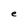
Character: e